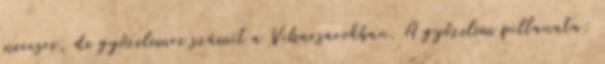
meccsre, de győzelemre számít a Viharsarokban. A győzelem pillanata: